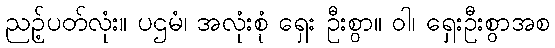
ညဉ့်ပတ်လုံး။ ပဌမံ၊ အလုံးစုံ ရှေး ဦးစွာ။ ဝါ၊ ရှေးဦးစွာအစ